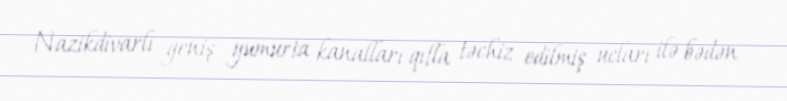
Nazikdivarlı geniş yumurta kanalları qıfla təchiz edilmiş ucları ilə bədən